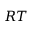
{ \boldsymbol { R } } { \boldsymbol { T } }